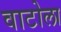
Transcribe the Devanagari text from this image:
वाटोला